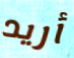
أريد